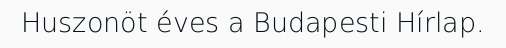
Huszonöt éves a Budapesti Hírlap.